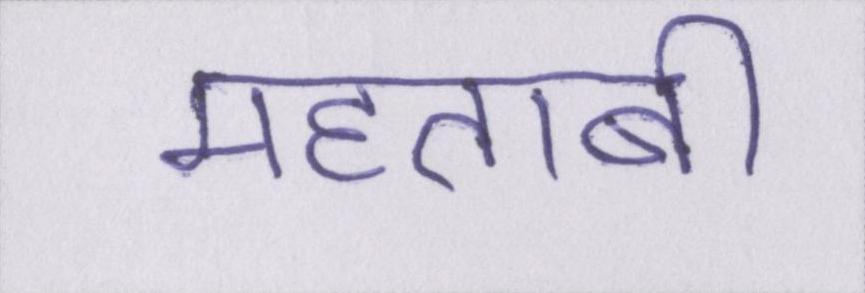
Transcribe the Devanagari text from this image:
महताबी